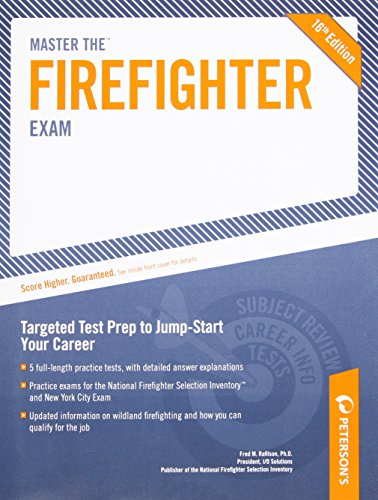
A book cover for Master The Firefighter Exam: Targeting Test Prep to Jump-Start Your Career (Arco Master the Firefighter); Fred M. Rafilson; Test Preparation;